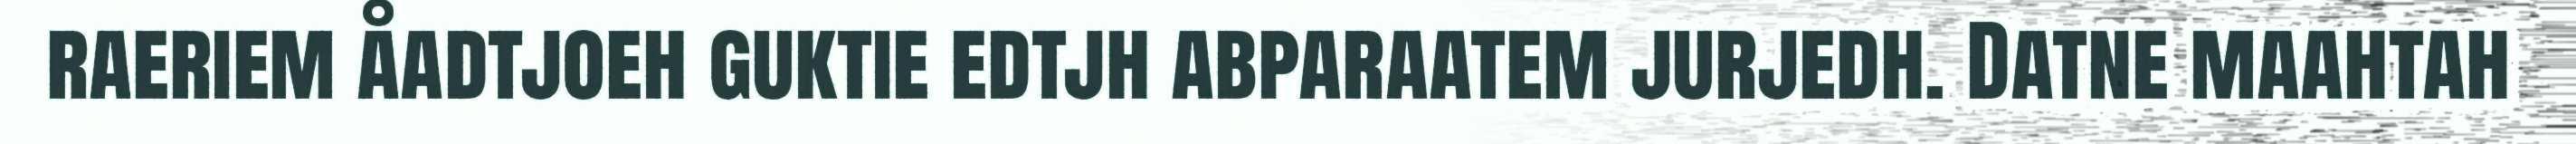
raeriem åadtjoeh guktie edtjh abparaatem jurjedh. Datne maahtah